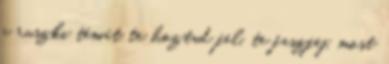
a ruszki témát te hoztad fel, te faszfej, most